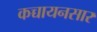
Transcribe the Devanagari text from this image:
कच्चायनसार